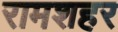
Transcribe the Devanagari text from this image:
रामशहर